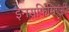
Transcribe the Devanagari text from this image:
इनसफिसिएंसी